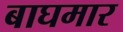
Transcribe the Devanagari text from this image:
बाघमार